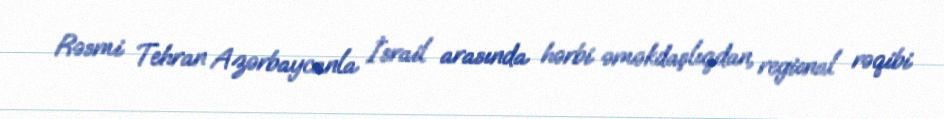
Rəsmi Tehran Azərbaycanla İsrail arasında hərbi əməkdaşlıqdan, regional rəqibi